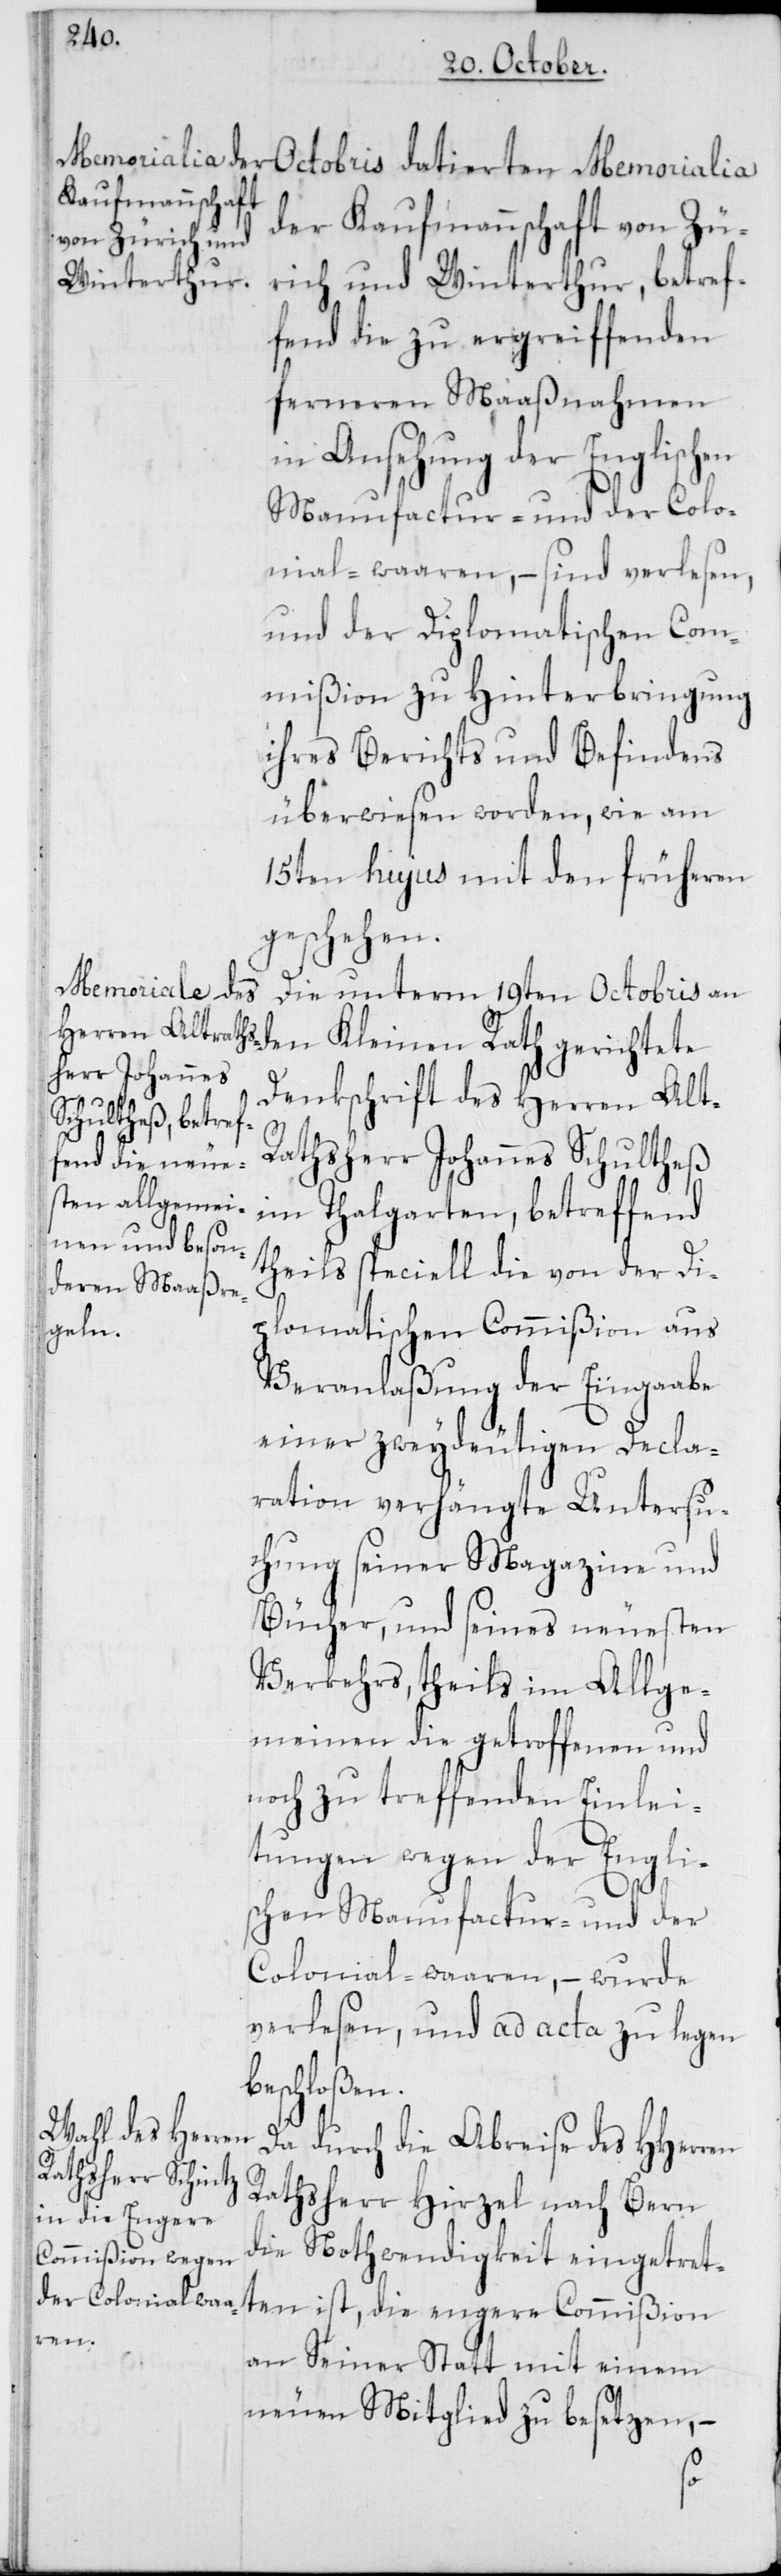
der Kaufmannschaft von Zü¬
rich und Winterthur, betref¬
fend die zu ergreiffenden
ferneren Maaßnahmen
in Ansehung der Englischen
Manufactur- und der Colo¬
nialwaaren, – sind verlesen,
und der Diplomatischen Com¬
mißion zu Hinterbringung
ihres Berichts und Befindens
überwiesen worden, wie am
15ten hujus mit den früheren
geschehen.
Die unterm 19ten Octobris an
Denkschrift des Herren Alt-R¬
athsherr Johannes Schultheß
im Thalgarten, betreffend
theils speciell die von der Di¬
plomatischen Commißion aus
Veranlaßung der Eingaabe
einer zweydeutigen Decla¬
ration verhängte Untersu¬
chung seiner Magazine und
Bücher, und seines neuesten
Verkehrs, theils im Allge¬
meinen die getroffenen und
noch zu treffenden Einlei¬
tungen wegen der Engli¬
schen Manufactur- und der
Colonialwaaren, – wurde
verlesen, und ad acta zu legen
eschloßen.
Da durch die Abreise des HHerren
Rath gerichtete
Rathsherr Hirzel nach Bern
ist, die engere
die Nothwendigkeit eingetret¬
ten
an Seiner Statt mit einem
neuen Mitglied zu besetzen, –
b¬